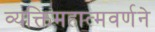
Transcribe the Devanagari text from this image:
व्यक्तिमहात्मवर्णने